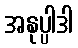
အနုပ္ပါဒါ